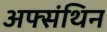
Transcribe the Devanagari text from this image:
अफ्संथिन